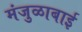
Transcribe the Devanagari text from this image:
मंजुळाबाई